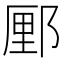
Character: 䣑